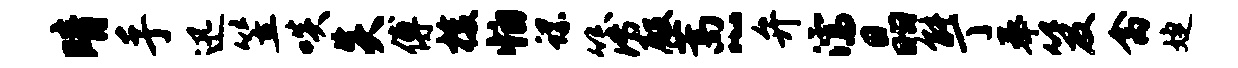
晴手迅笠啖炎傅梭怕螺簿殿蒿~弁濡晶能丁奉笈禽婕